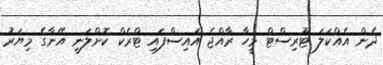
ދެން އެއްކަލަ ޓޫރިސްޓް މީހާ ރާއްޖެ އައިސްފައި ޓްރެކް ކޮށްލަނީ އޭނާގެ މިޔަރު